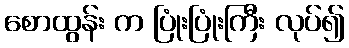
စောထွန်း က ပြုံးပြုံးကြီး လုပ်၍